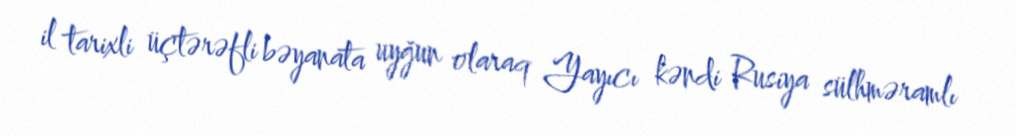
il tarixli üçtərəfli bəyanata uyğun olaraq Yayıcı kəndi Rusiya sülhməramlı